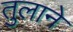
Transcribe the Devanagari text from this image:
तुलाने